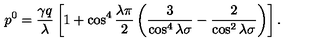
p ^ { 0 } = \frac { \gamma q } { \lambda } \left[ 1 + \cos ^ { 4 } \frac { \lambda \pi } { 2 } \left( \frac { 3 } { \cos ^ { 4 } \lambda \sigma } - \frac { 2 } { \cos ^ { 2 } \lambda \sigma } \right) \right] .